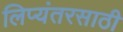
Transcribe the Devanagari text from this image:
लिप्यंतरसाठी